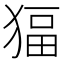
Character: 𱮊